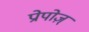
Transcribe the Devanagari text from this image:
प्रोपोज़्